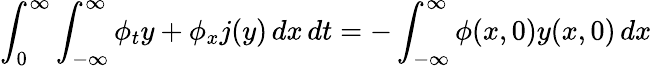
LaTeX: \int_{0}^{\infty}\int_{-\infty}^{\infty}\phi_{t}y+\phi_{x}j(y)\, dx\, dt=-\int_{-\infty}^{\infty}\phi(x,0)y(x,0)\, dx